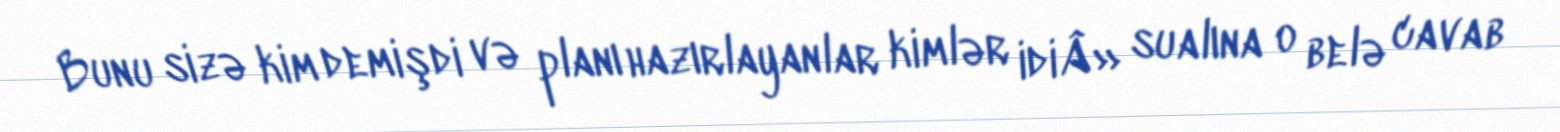
Bunu sizə kim demişdi və planı hazırlayanlar kimlər idiÂ» sualına o belə cavab